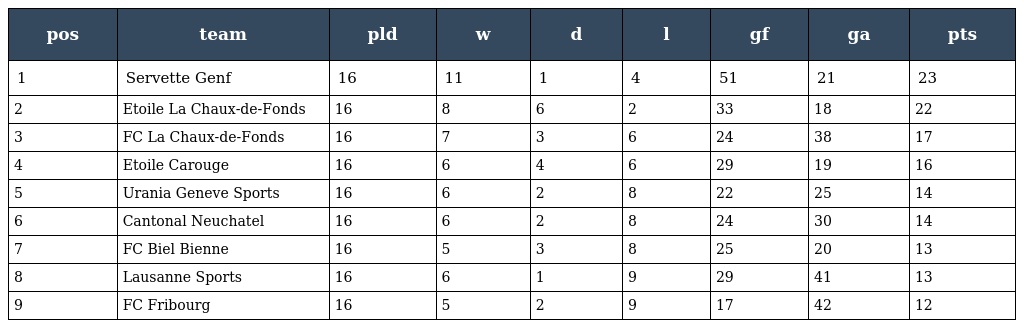
| pos | team | pld | w | d | l | gf | ga | pts |
 | --- | --- | --- | --- | --- | --- | --- | --- | --- |
 | 1 | Servette Genf | 16 | 11 | 1 | 4 | 51 | 21 | 23 |
 | 2 | Etoile La Chaux-de-Fonds | 16 | 8 | 6 | 2 | 33 | 18 | 22 |
 | 3 | FC La Chaux-de-Fonds | 16 | 7 | 3 | 6 | 24 | 38 | 17 |
 | 4 | Etoile Carouge | 16 | 6 | 4 | 6 | 29 | 19 | 16 |
 | 5 | Urania Geneve Sports | 16 | 6 | 2 | 8 | 22 | 25 | 14 |
 | 6 | Cantonal Neuchatel | 16 | 6 | 2 | 8 | 24 | 30 | 14 |
 | 7 | FC Biel Bienne | 16 | 5 | 3 | 8 | 25 | 20 | 13 |
 | 8 | Lausanne Sports | 16 | 6 | 1 | 9 | 29 | 41 | 13 |
 | 9 | FC Fribourg | 16 | 5 | 2 | 9 | 17 | 42 | 12 |